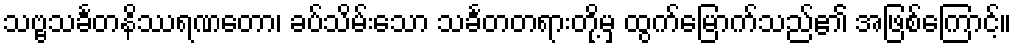
သဗ္ဗသင်္ခတနိဿရဏတော၊ ခပ်သိမ်းသော သင်္ခတတရားတို့မှ ထွက်မြောက်သည်၏ အဖြစ်ကြောင့်။